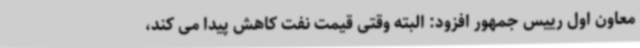
معاون اول رییس جمهور افزود: البته وقتی قیمت نفت کاهش پیدا می کند،